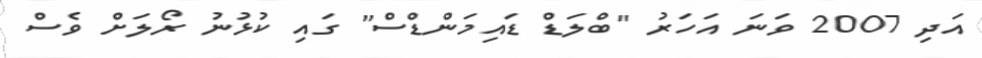
އަދި 2007 ވަނަ އަހަރު "ބްލަޑް ޑައިމަންޑްސް" ގައި ކުޅުނު ރޯލަށް ވެސް